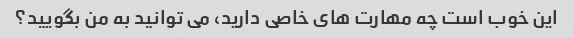
این خوب است چه مهارت های خاصی دارید، می توانید به من بگویید؟